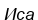
Иса